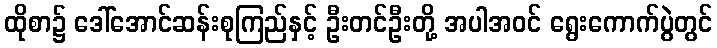
ထိုစာ၌ ဒေါ်အောင်ဆန်းစုကြည်နှင့် ဦးတင်ဦးတို့ အပါအဝင် ရွေးကောက်ပွဲတွင်